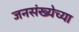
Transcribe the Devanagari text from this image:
जनसंख्येच्या